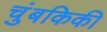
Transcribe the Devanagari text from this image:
चुंबकिकी